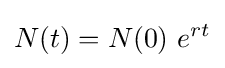
N(t)=N(0)\ e^{rt}